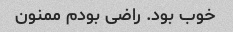
خوب بود. راضی بودم ممنون